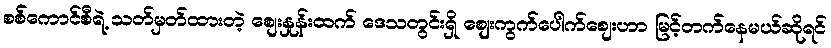
စစ်ကောင်စီရဲ့ သတ်မှတ်ထားတဲ့ စျေးနှုန်းထက် ဒေသတွင်းရှိ စျေးကွက်ပေါက်စျေးဟာ မြင့်တက်နေမယ်ဆိုရင်